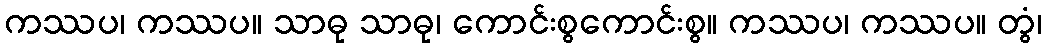
ကဿပ၊ ကဿပ။ သာဓု သာဓု၊ ကောင်းစွကောင်းစွ။ ကဿပ၊ ကဿပ။ တွံ၊